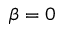
\beta = 0